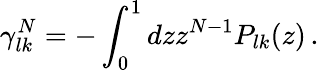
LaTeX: \gamma_{lk}^{N}=-\int_{0}^{1}dzz^{N-1}P_{lk}(z)\, .